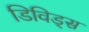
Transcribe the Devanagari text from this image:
डिविड्स